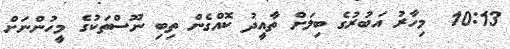
10:13  މިހާރު އަބުރުގެ ބިލަށް ތާާއީދު ކޮއްގެން ތިބި ނޫސްތަކުގެ މީހުންނަށް